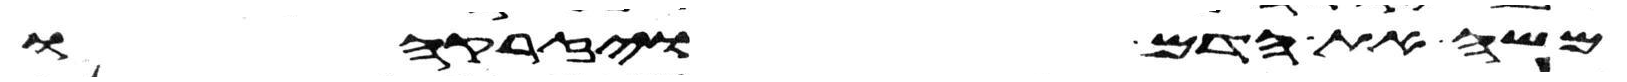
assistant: משה את הדם ויזרקהו